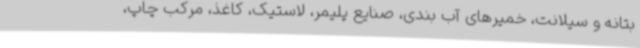
بتانه و سیلانت، خمیرهای آب بندی، صنایع پلیمر، لاستیک، کاغذ، مرکب چاپ،